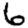
Digit: 6